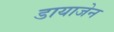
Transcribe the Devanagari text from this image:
डायाजेन